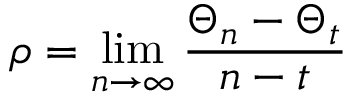
\rho = \operatorname* { l i m } _ { n \to \infty } \frac { \Theta _ { n } - \Theta _ { t } } { n - t }